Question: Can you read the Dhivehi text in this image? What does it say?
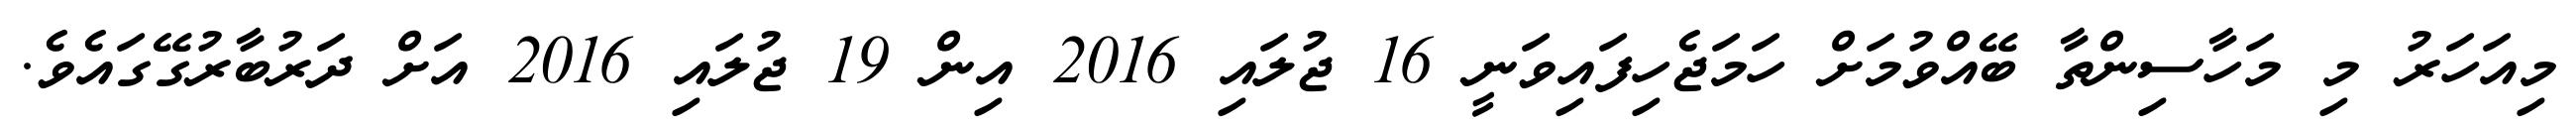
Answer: މިއަހަރު މި މަހާސިންތާ ބޭއްވުމަށް ހަމަޖެހިފައިވަނީ 16 ޖުލައި 2016 އިން 19 ޖުލައި 2016 އަށް ދަރުބާރުގޭގައެވެ.